Vaccine operations Central Provinces 1900-1911 - 1900-1911
Year: 1900
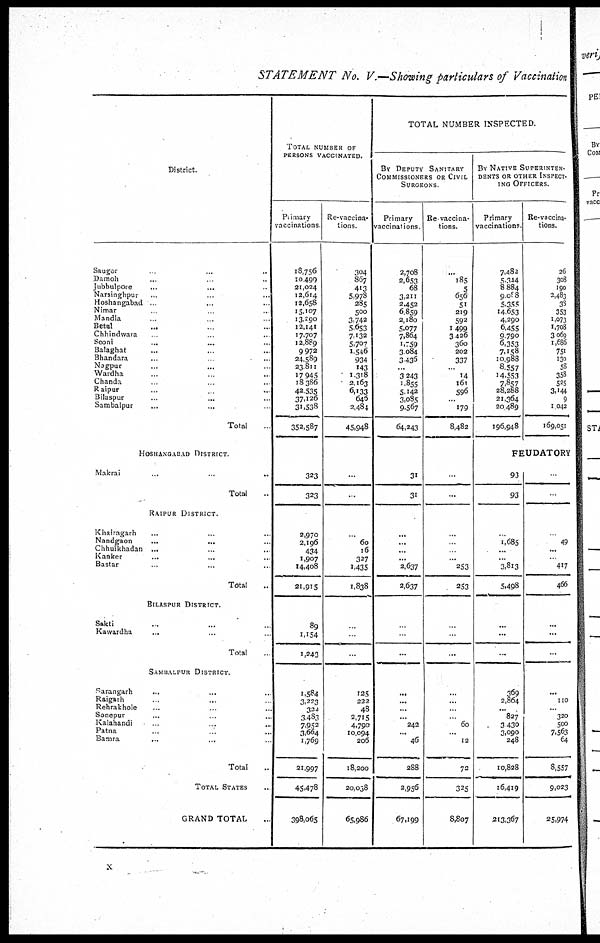
STATEMENT No. V.—Showing particulars of Vaccination
District.
Saugor ... ... ...
Damoh ... ... ...
Jubbulpore ... ... ...
Narsinghpur ... ... ...
Hoshangabad ... ... ...
Nimar ... ... ...
Mandla ... ... ...
Betul ... ... ...
Chhindwara ... ... ...
Seoni ... ... ...
Balaghat ... ... ...
Bhandara ... ... ...
Nagpur ... ... ...
Wardha ... ... ...
Chanda ... ... ...
Raipur ... ... ...
Bilaspur ... ... ...
Sambalpur
...
...
...
Total ...
HOSHANGABAD DISTRICT.
Makrai
...
Total ...
RAIPUR DISTRICT.
Khairagarh ... ... ...
Nandgaon ... ... ...
Chhuikhadan ... ... ...
Kanker ... ... ...
Bastar ... ... ...
Total ...
BILASPUR DISTRICT.
Sakti ... ... ...
Kawardha ... ... ...
Total ...
SAMBALPUR DISTRICT.
Sarangarh ... ... ...
Raigarh ... ... ...
Rehrakhole ... ... ...
Sonepur ... ... ...
Kalahandi ... ... ...
Patna ... ... ...
Bamra ... ... ...
Total ...
TOTAL STATES ...
GRAND TOTAL ...
TOTAL NUMBER OF
PERSONS VACCINATED.
Primary
vaccinations
18,756
10,499
21,024
12,614
12,658
15,107
13,290
12,141
17,707
12,889
9,972
24,589
23,811
17,945
18,386
42,535
37,126
31,538
352,587
323
323
2,970
2,196
434
1,907
14,408
21,915
89
1,154
1,243
1,584
3,223
322
3,483
7,952
3,664
1,769
21,997
45,478
398,065
Re-vaccina-
tions.
304
867
413
5,978
285
500
3,742
5,653
7,132
5,707
1,546
934
143
1,318
2,163
6,133
646
2,484
45,948
...
...
...
60
16
327
1,435
1,838
...
...
...
125
222
48
2,715
4,790
10,094
206
18,200
20,038
65,986
TOTAL NUMBER INSPECTED.
BY DEPUTY SANITARY
COMMISSIONERS OR CIVIL
SURGEONS.
Primary
vaccinations.
2,708
2,653
68
3,211
2,452
6,859
2,180
5,077
7,864
1,759
3,084
3,436
...
3,243
1,855
5,142
3,085
9,567
64,243
31
31
...
...
...
...
2,637
2,637
...
...
...
...
...
...
...
242
...
46
288
2,956
67,199
Re-vaccina-
tions.
...
185
5
656
51
219
592
1,499
3,426
360
202
337
...
14
161
596
...
179
8,482
...
...
...
...
...
...
253
253
...
...
...
...
...
...
...
60
...
12
72
325
8,807
BY NATIVE SUPERINTEN¬
DENTS OR OTHER INSPECT-
ING OFFICERS.
Primary
vaccinations.
7,482
5,344
8,884
9,088
5,355
14,653
4,290
6,455
9,790
6,353
7,158
10,988
8,557
14,553
7,857
28,288
21,364
20,489
196,948
Re-vaccina-
tions.
26
308
190
2,483
38
353
1,073
1,708
3,069
1,686
751
130
58
358
525
3,144
9
1,042
169,051
FEUDATORY
93
93
...
1,685
...
...
3,813
5,498
...
...
...
369
2,864
...
827
3,430
3,090
248
10,828
16,419
213,367
...
...
...
49
...
...
417
466
...
...
...
...
110
...
320
500
7,563
64
8,557
9,023
25,974
x